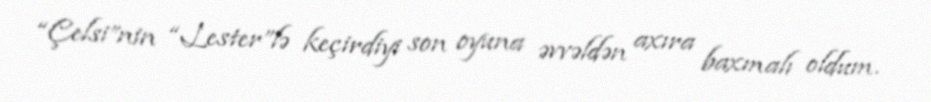
“Çelsi”nin “Lester”lə keçirdiyi son oyuna əvvəldən axıra baxmalı oldum.